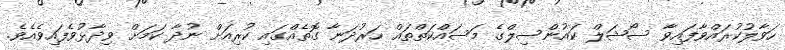
ހަވާލުކުރައްވާފައިވާ ސޯޝަލް ކައުންސިލްގެ މަސައްކަތްތައް ހަރުދަނާ ގޮތެއްގައި ކުރިއަށް ނުދާ ކަމަށް ވިދާޅުވެފައިވެއެވެ.